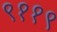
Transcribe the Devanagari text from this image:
९११९